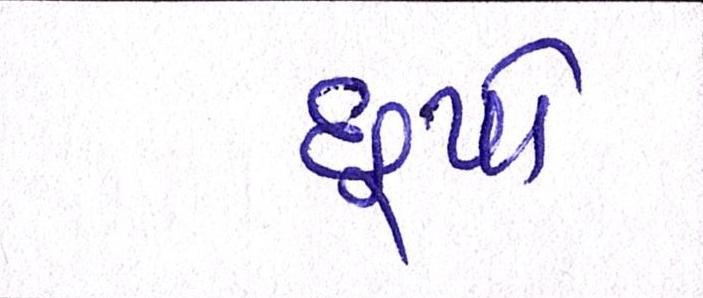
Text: છૂપો